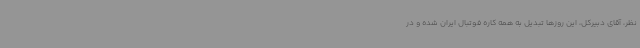
نظر، آقای دبیرکل، این روزها تبدیل به همه کاره فوتبال ایران شده و در